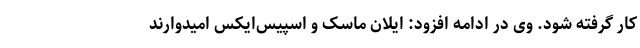
کار گرفته شود. وی در ادامه افزود: ایلان ماسک و اسپیس‌ایکس امیدوارند